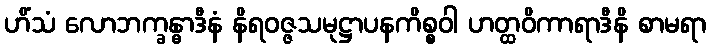
ဟိံသံ လောဘက္ခန္ဓာဒီနံ နိရဝဇ္ဇသမုဋ္ဌာပနကိစ္စဝါ ဟတ္ထဝိကာရာဒီနိ စာမရာ